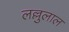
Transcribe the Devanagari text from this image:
लल्लुलाल